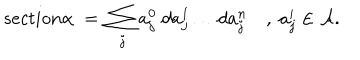
{ s e c t i o n } \alpha \; = \; \sum _ { j } a _ { j } ^ { 0 } \; d a _ { j } ^ { 1 } \dots d a _ { j } ^ { n } \quad , \; a _ { j } ^ { i } \in { \cal A } .